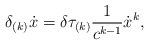
\begin{align*}\delta_{(k)} \dot{x} =\delta \tau _{(k)} \frac{1}{c^{k-1}} \dot{x}^{k} ,\end{align*}